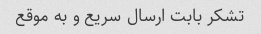
تشکر بابت ارسال سریع و به موقع